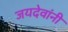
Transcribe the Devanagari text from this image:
जयदेवांनी